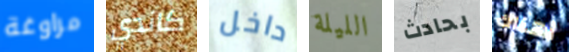
مراوغة كاندي داخل الليلة بحادث أهناك